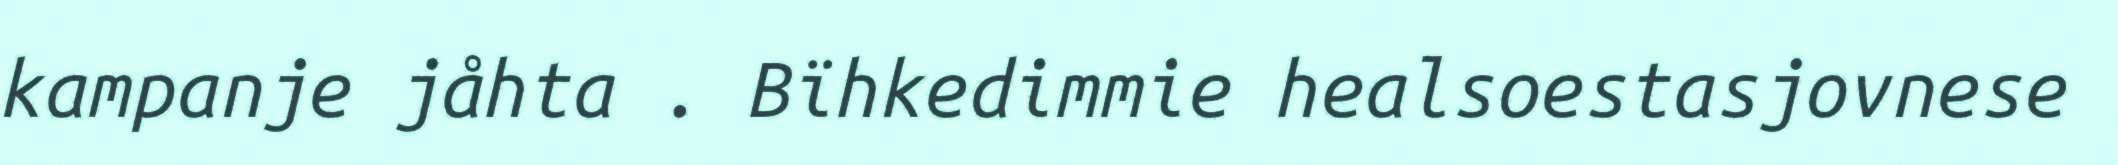
kampanje jåhta . Bïhkedimmie healsoestasjovnese